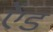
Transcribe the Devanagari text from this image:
एेंड